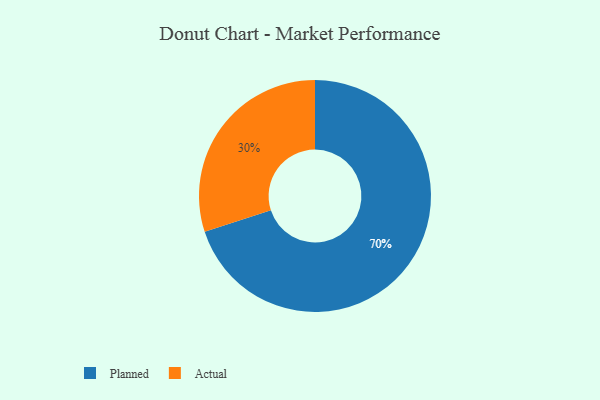
{"axis": {"x": "Category", "y": "Percentage"}, "legend": ["Actual", "Planned"], "data": [{"x": "Planned", "y": 70, "type": "Planned"}, {"x": "Actual", "y": 30, "type": "Actual"}]}